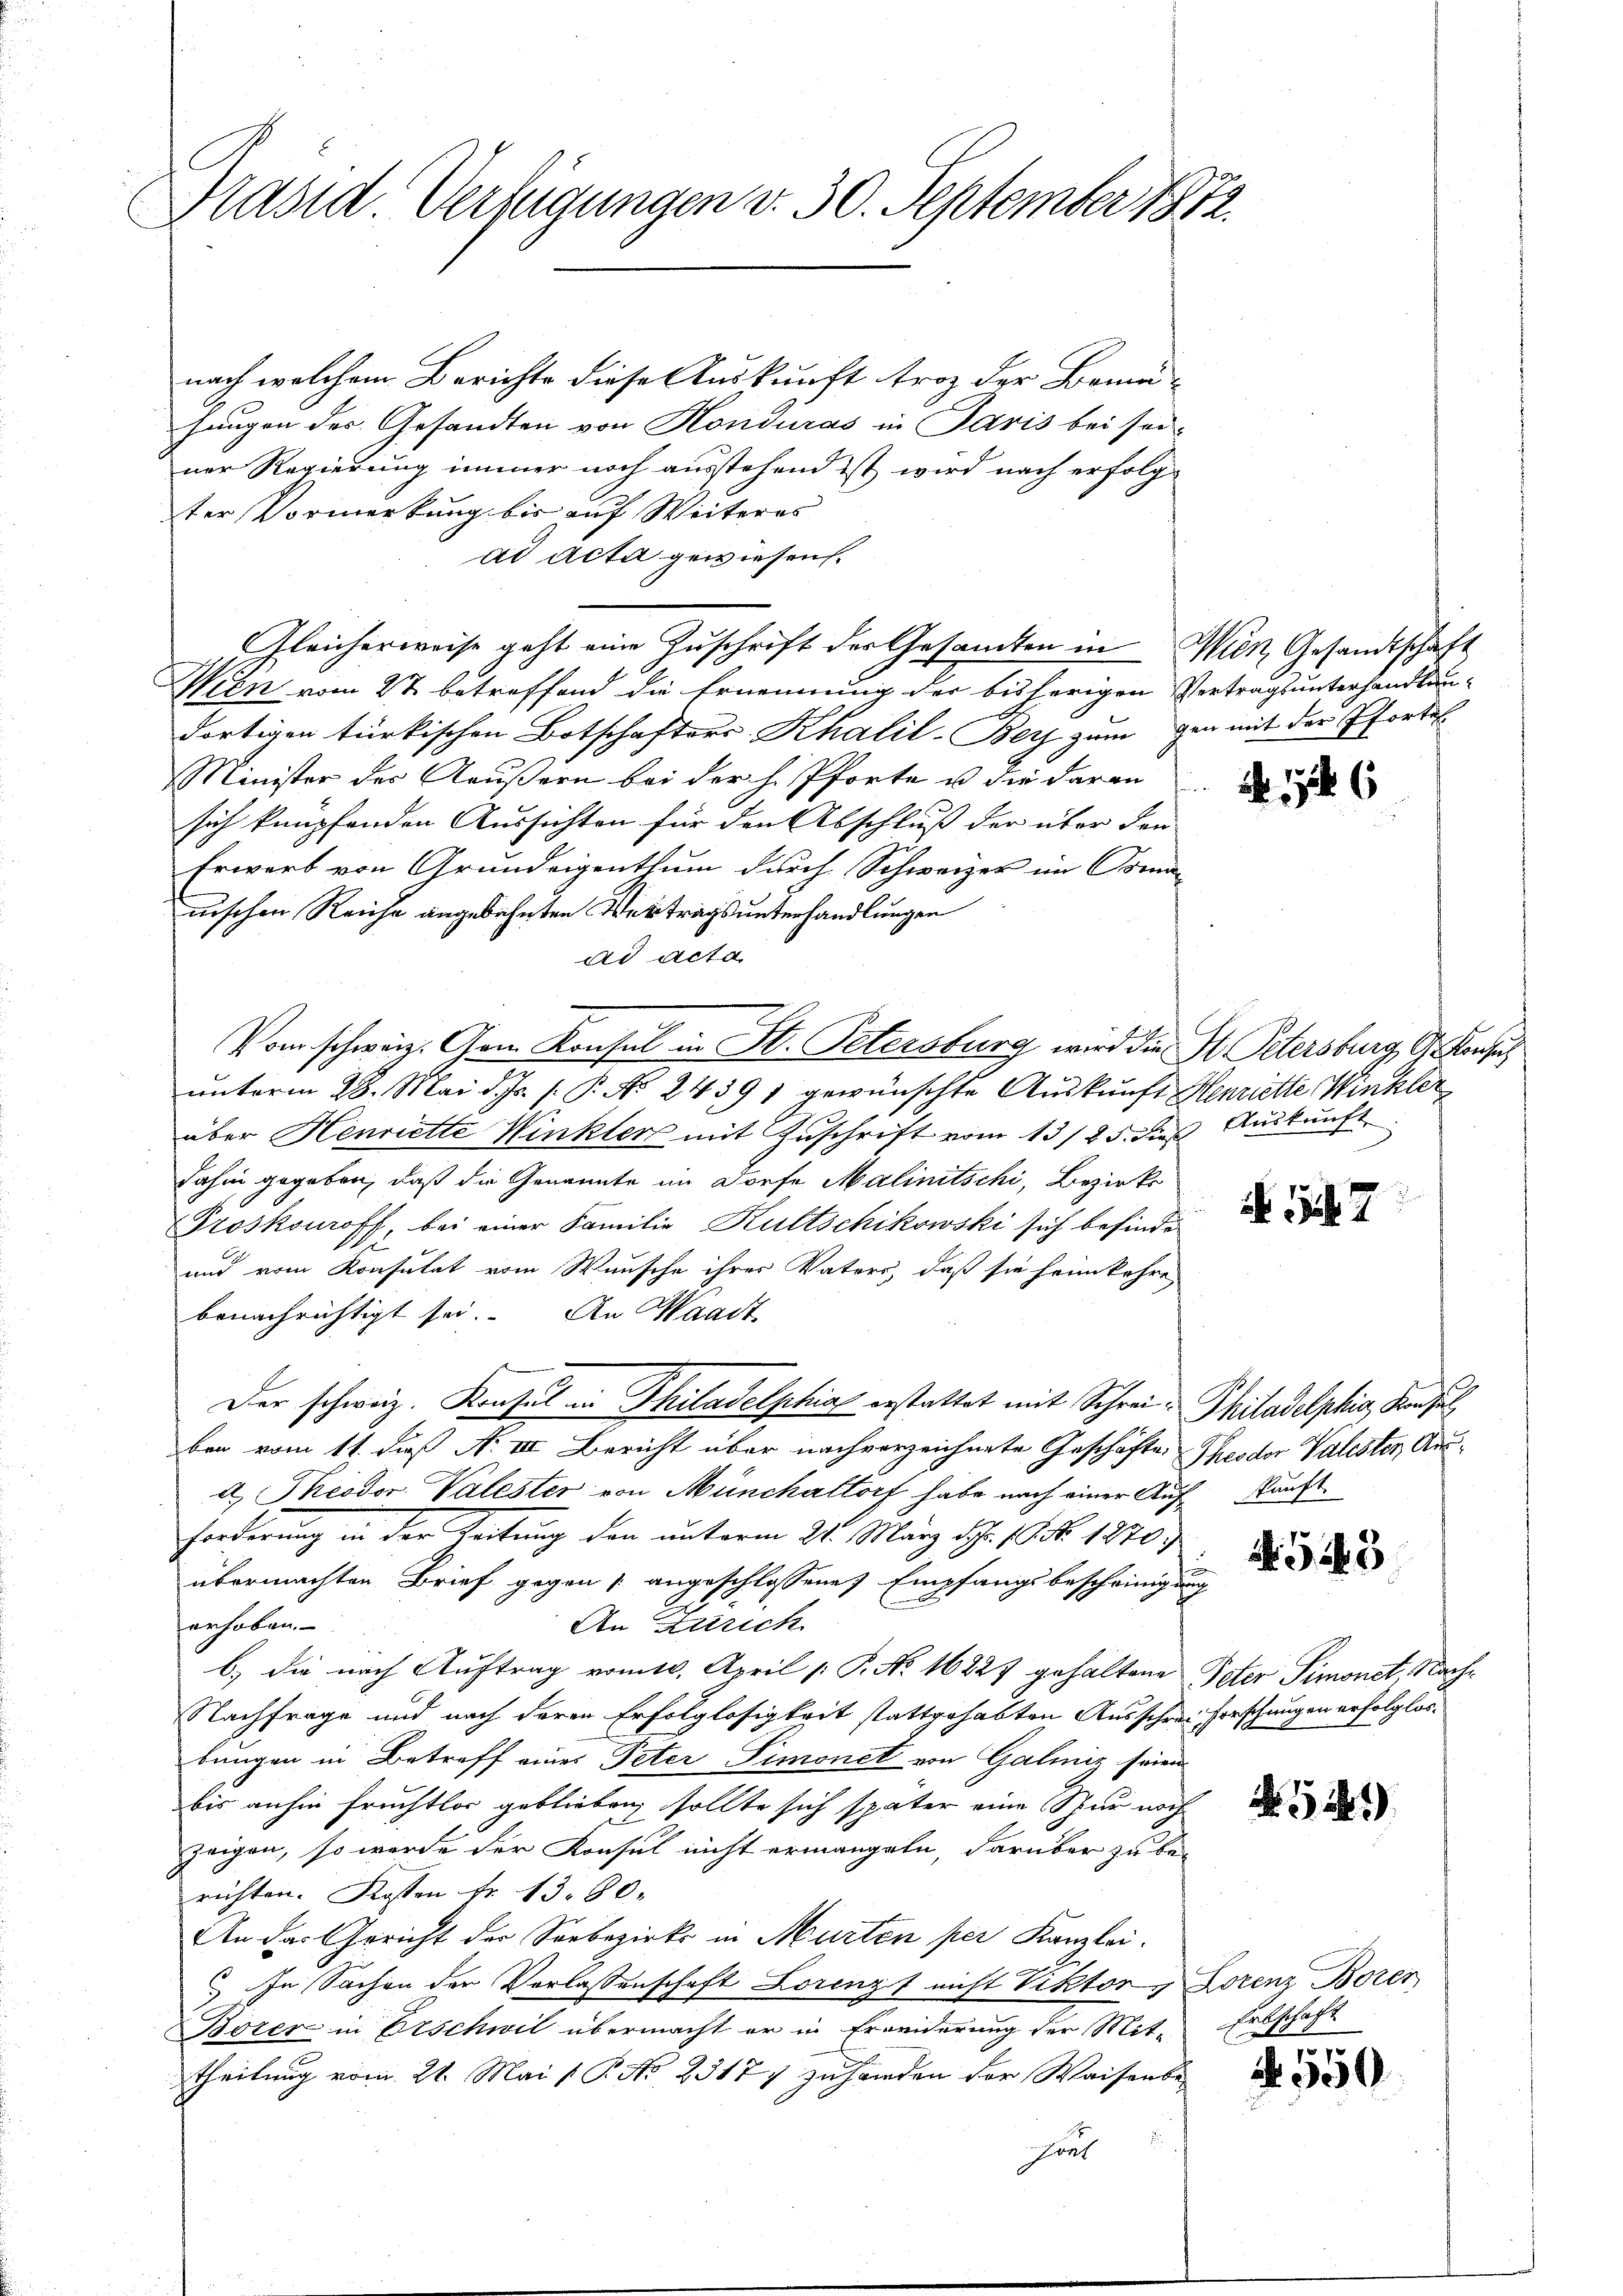
Rasid Verfügungen v. 30. September 1872

nach welchem Berichte diese Auskunft froh der Bemühangen des Gesandten von Honduras in Paris bei sei-
ner Regierung immer noch ausstehend ist wird nach erfolgter Vormerkung bis auf Weiteres
ad acta gewiesen.
Gleicherweise geht eine Zuschrift der Gesandten in Wien Gesandtschaft
Wien vom 22 betreffend die Ernennung der bisherigen Vertragsunterhandlundortigen türkischen Botschafters Khalil-Beyh zum gen mit der Pfortes
Minister des Aeußern bei der h. Pforte u. die daran
f
sich knüpfenden Aussichten für den Abschluß der über den
Erwarb von Grundeigenthum durch Schweizer im Gomanischen Reiche angebahnten Vertragsunterhandlungen
ad Acta
Vom schweiz. Gem Konsul in St. Petersburg wird die St. Petersburg, G. Konsu
unterm 28. Mai d. Js. s. P. No. 24391 gewünschte Auskunft Henriette Winkler
über Henriette Winkler mit Zuschrift vom 13/25. dieß Auskunft
dahin gegeben, daß die Genannte im Dorfe Malinitschi, Bezirks
Proskouoff, bei einer Familie Kultschikowski sich befinde
und vom Konsulat vom Wunsche ihrer Vaters, daß sie heimkehre
benachrichtigt sei. An Waadt
Der schweiz. Konsul in Philadelphia erstattet mit Schrei- Philadelphis, Konsul
ben vom 11. daß No III. Bericht über nachverzeichnete Geschäfte Theodor Valester, Ausd. Theodor Valester von Münchaltorf habe nach einer Aufkunft
Forderung in der Zeitung den unterm 21. März d. 18. No. 1870
übermachten Brief gegen angeschlossene Empfangsbescheinigung
erhoben.
An Zürich
b.) die nach Auftrag vom 10. April [ P. No 16227 gehaltene Peter Simonet, Nach¬
Nachfrage und nach deren Erfolglosigkeit stattgehabten Ausschrei Forschungen erfolglosbungen in Betreff eines Peter Limonet von Galmiz seien
bis anhin Früchtlos geblieben sollte sich später eine Spur noch
zeigen, so werde der Konsul nicht ermangeln, darüber zu be-
richten. Kosten fr. 13. 80.
An das Gericht der Soebezirks in Murten per Kanzlei.
In Sachen der Vorlassenschaft Lorenzt nicht Viktor Lorenz Borer
Borer in Erschwil übermacht er in Erweiderung der Mit-
theilung vom 21. Mai ( P. No 23177 zuhänden der Waisenbe-
Font

6

17

.545

Erbschaft

550